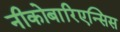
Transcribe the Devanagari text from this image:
नीकोबारिएन्सिस